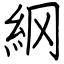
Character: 䋄